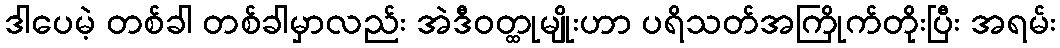
ဒါပေမဲ့ တစ်ခါ တစ်ခါမှာလည်း အဲဒီဝတ္ထုမျိုးဟာ ပရိသတ်အကြိုက်တိုးပြီး အရမ်း